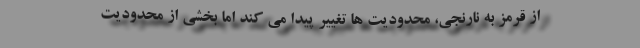
از قرمز به نارنجی، محدودیت ها تغییر پیدا می کند اما بخشی از محدودیت